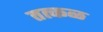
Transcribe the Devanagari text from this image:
तत्कळ